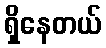
ရှိနေတယ်